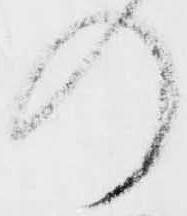
の